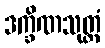
ဒက္ခိဏသုတ္တံ